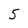
Character: 5